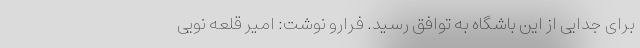
برای جدایی از این باشگاه به توافق رسید. فرارو نوشت: امیر قلعه نویی